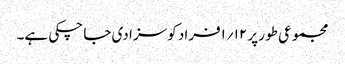
مجموعی طور پر ۱۲؍۱فراد کو سزا دی جا چکی ہے۔